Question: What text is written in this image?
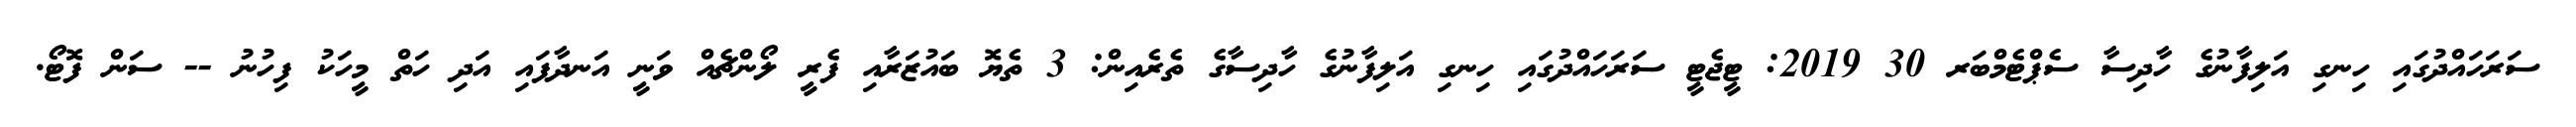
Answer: ސަރަހައްދުގައި ހިނގި އަލިފާނުގެ ހާދިސާ ސެޕްޓެމްބަރ 30 2019: ޓީޖެޓީ ސަރަހައްދުގައި ހިނގި އަލިފާނުގެ ހާދިސާގެ ތެރެއިން: 3 ތެޔޮ ބައުޒަރާއި ފެރީ ލޯންޗެއް ވަނީ އަނދާފައި އަދި ހަތް މީހަކު ފިހުނު -- ސަން ފޮޓޯ.